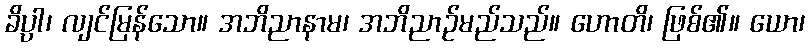
ခိပ္ပါ၊ လျင်မြန်သော။ အဘိညာနာမ၊ အဘိညာဉ်မည်သည်။ ဟောတိ၊ ဖြစ်၏။ ယော၊